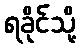
ရခိုင်သို့